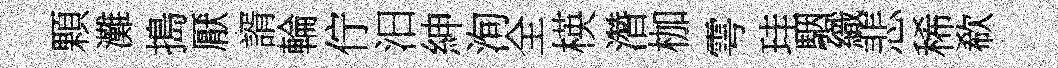
顆灘搗厭諝輪佇汨紳洵全楧濳枷雩珪駰織悲稀欷